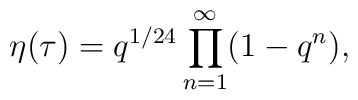
\eta (\tau )=q^{1/24}\prod_{n=1}^{\infty }(1-q^{n}),